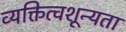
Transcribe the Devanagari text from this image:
व्यक्तित्वशून्यता